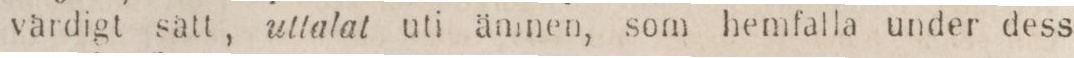
vårdigt sätt, uttalat uti ämnen, som hemfalla under dess